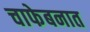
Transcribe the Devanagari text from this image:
चाफेबनात